Indian journal of veterinary science and animal husbandry - Volume 3,
Year: 1933
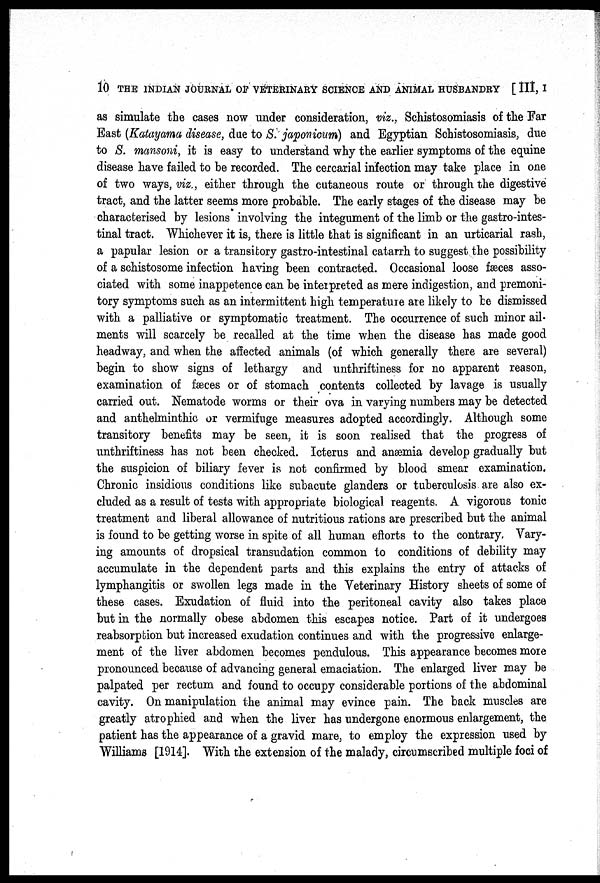
10 THE INDIAN JOURNAL OF VETERINARY SCIENCE AND ANIMAL HUSBANDRY [ III, I
as simulate the cases now under consideration, viz., Schistosomiasis of the Far
East (Katayama disease, due to S. japonicum) and Egyptian Schistosomiasis, due
to S. mansoni, it is easy to understand why the earlier symptoms of the equine
disease have failed to be recorded. The cercarial infection may take place in one
of two ways, viz., either through the cutaneous route or through the digestive
tract, and the latter seems more probable. The early stages of the disease may be
characterised by lesions involving the integument of the limb or the gastro-intes-
tinal tract. Whichever it is, there is little that is significant in an urticarial rash,
a papular lesion or a transitory gastro-intestinal catarrh to suggest the possibility
of a schistosome infection having been contracted. Occasional loose fæces asso-
ciated with some inappetence can be interpreted as mere indigestion, and premoni-
tory symptoms such as an intermittent high temperature are likely to be dismissed
with a palliative or symptomatic treatment. The occurrence of such minor ail-
ments will scarcely be recalled at the time when the disease has made good
headway, and when the affected animals (of which generally there are several)
begin to show signs of lethargy and unthriftiness for no apparent reason,
examination of fæces or of stomach contents collected by lavage is usually
carried out. Nematode worms or their ova in varying numbers may be detected
and anthelminthic or vermifuge measures adopted accordingly. Although some
transitory benefits may be seen, it is soon realised that the progress of
unthriftiness has not been checked. Icterus and anaemia develop gradually but
the suspicion of biliary fever is not confirmed by blood smear examination.
Chronic insidious conditions like subacute glanders or tuberculosis are also ex-
cluded as a result of tests with appropriate biological reagents. A vigorous tonic
treatment and liberal allowance of nutritious rations are prescribed but the animal
is found to be getting worse in spite of all human efforts to the contrary. Vary-
ing amounts of dropsical transudation common to conditions of debility may
accumulate in the dependent parts and this explains the entry of attacks of
lymphangitis or swollen legs made in the Veterinary History sheets of some of
these cases. Exudation of fluid into the peritoneal cavity also takes place
but in the normally obese abdomen this escapes notice. Part of it undergoes
reabsorption but increased exudation continues and with the progressive enlarge-
ment of the liver abdomen becomes pendulous. This appearance becomes more
pronounced because of advancing general emaciation. The enlarged liver may be
palpated per rectum and found to occupy considerable portions of the abdominal
cavity. On manipulation the animal may evince pain. The back muscles are
greatly atrophied and when the liver has undergone enormous enlargement, the
patient has the appearance of a gravid mare, to employ the expression used by
Williams [1914]. With the extension of the malady, circumscribed multiple foci of